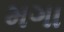
મગા